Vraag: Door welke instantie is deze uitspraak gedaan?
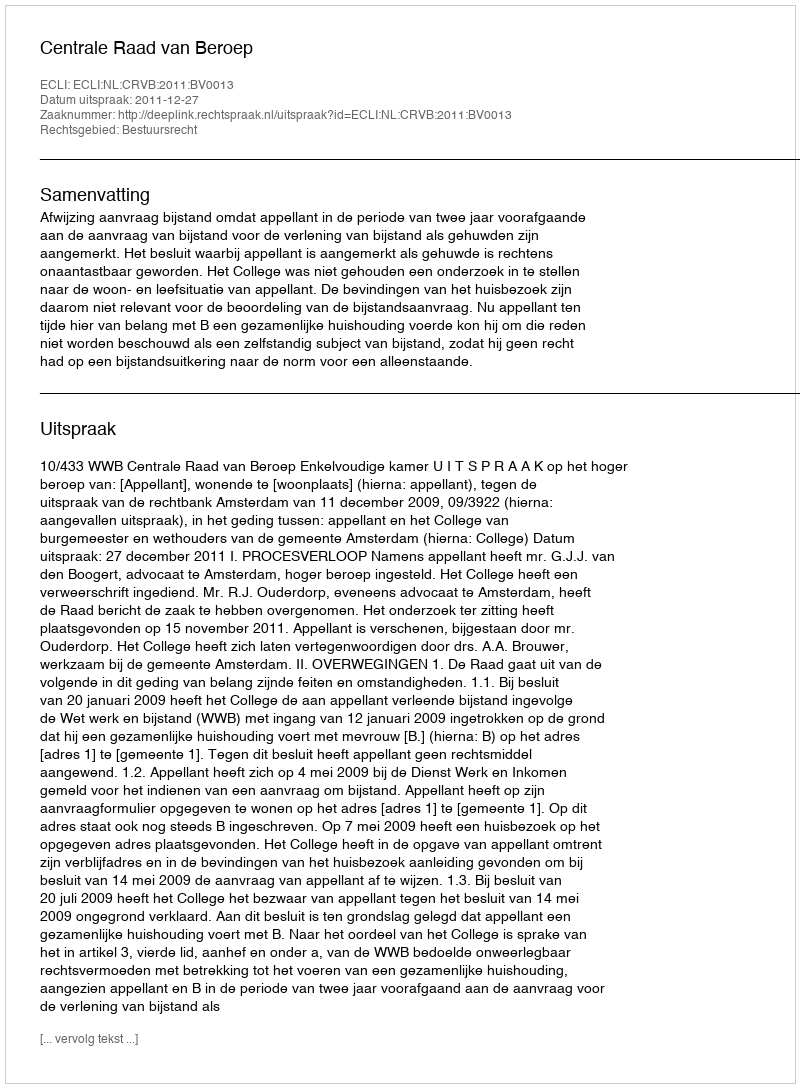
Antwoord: Centrale Raad van Beroep